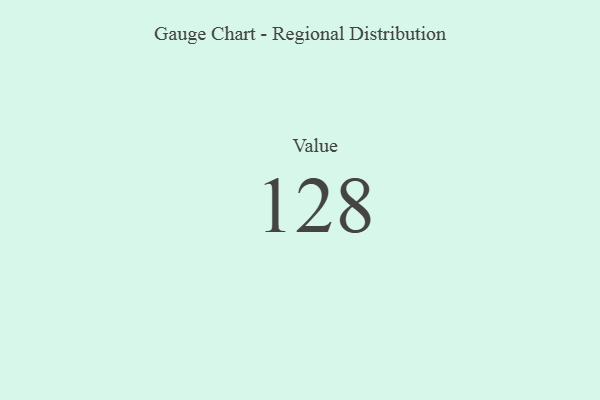
{"axis": {"x": "Metric", "y": "Value"}, "legend": [""], "data": [{"x": "Value", "y": 128, "type": ""}]}